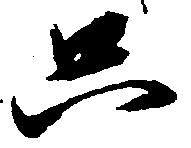
只